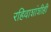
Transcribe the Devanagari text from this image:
रहिवाशांशीही